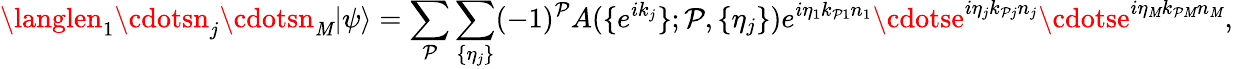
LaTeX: \langlen_{1}\cdotsn_{j}\cdotsn_{\mathit{M}}|\psi\rangle=\sum_{\mathcal{{P}}}\sum_{\{ \eta_{j}\} }(-1)^{\mathcal{{P}}}A(\{ e^{ik_{j}}\} ;\mathcal{{P}},\{ \eta_{j}\} )e^{i\eta_{1}k_{\mathcal{{P}}1}n_{1}}\cdotse^{i\eta_{j}k_{\mathcal{{P}}j}n_{j}}\cdotse^{i\eta_{\mathit{M}}k_{\mathcal{{P}}\mathit{M}}n_{\mathit{M}}},